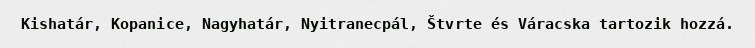
Kishatár, Kopanice, Nagyhatár, Nyitranecpál, Štvrte és Váracska tartozik hozzá.